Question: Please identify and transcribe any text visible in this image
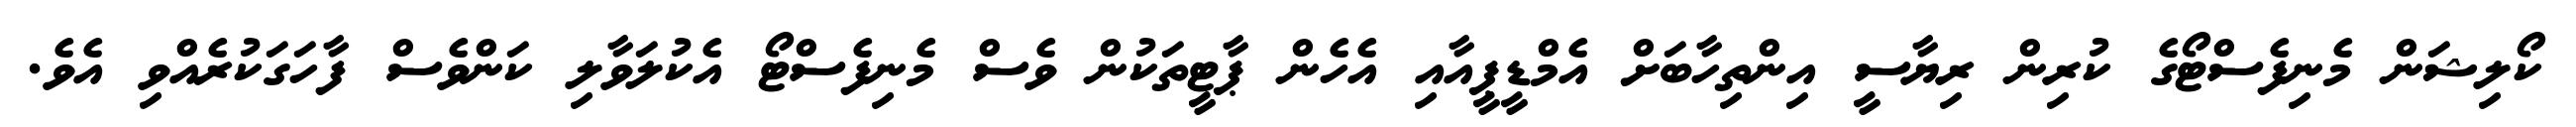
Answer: ކޯލިޝަން މެނިފެސްޓޯގެ ކުރިން ރިޔާސީ އިންތިހާބަށް އެމްޑީޕީއާއި އެހެން ޕާޓީތަކުން ވެސް މެނިފެސްޓޯ އެކުލަވާލި ކަންވެސް ފާހަގަކުރެއްވި އެވެ.